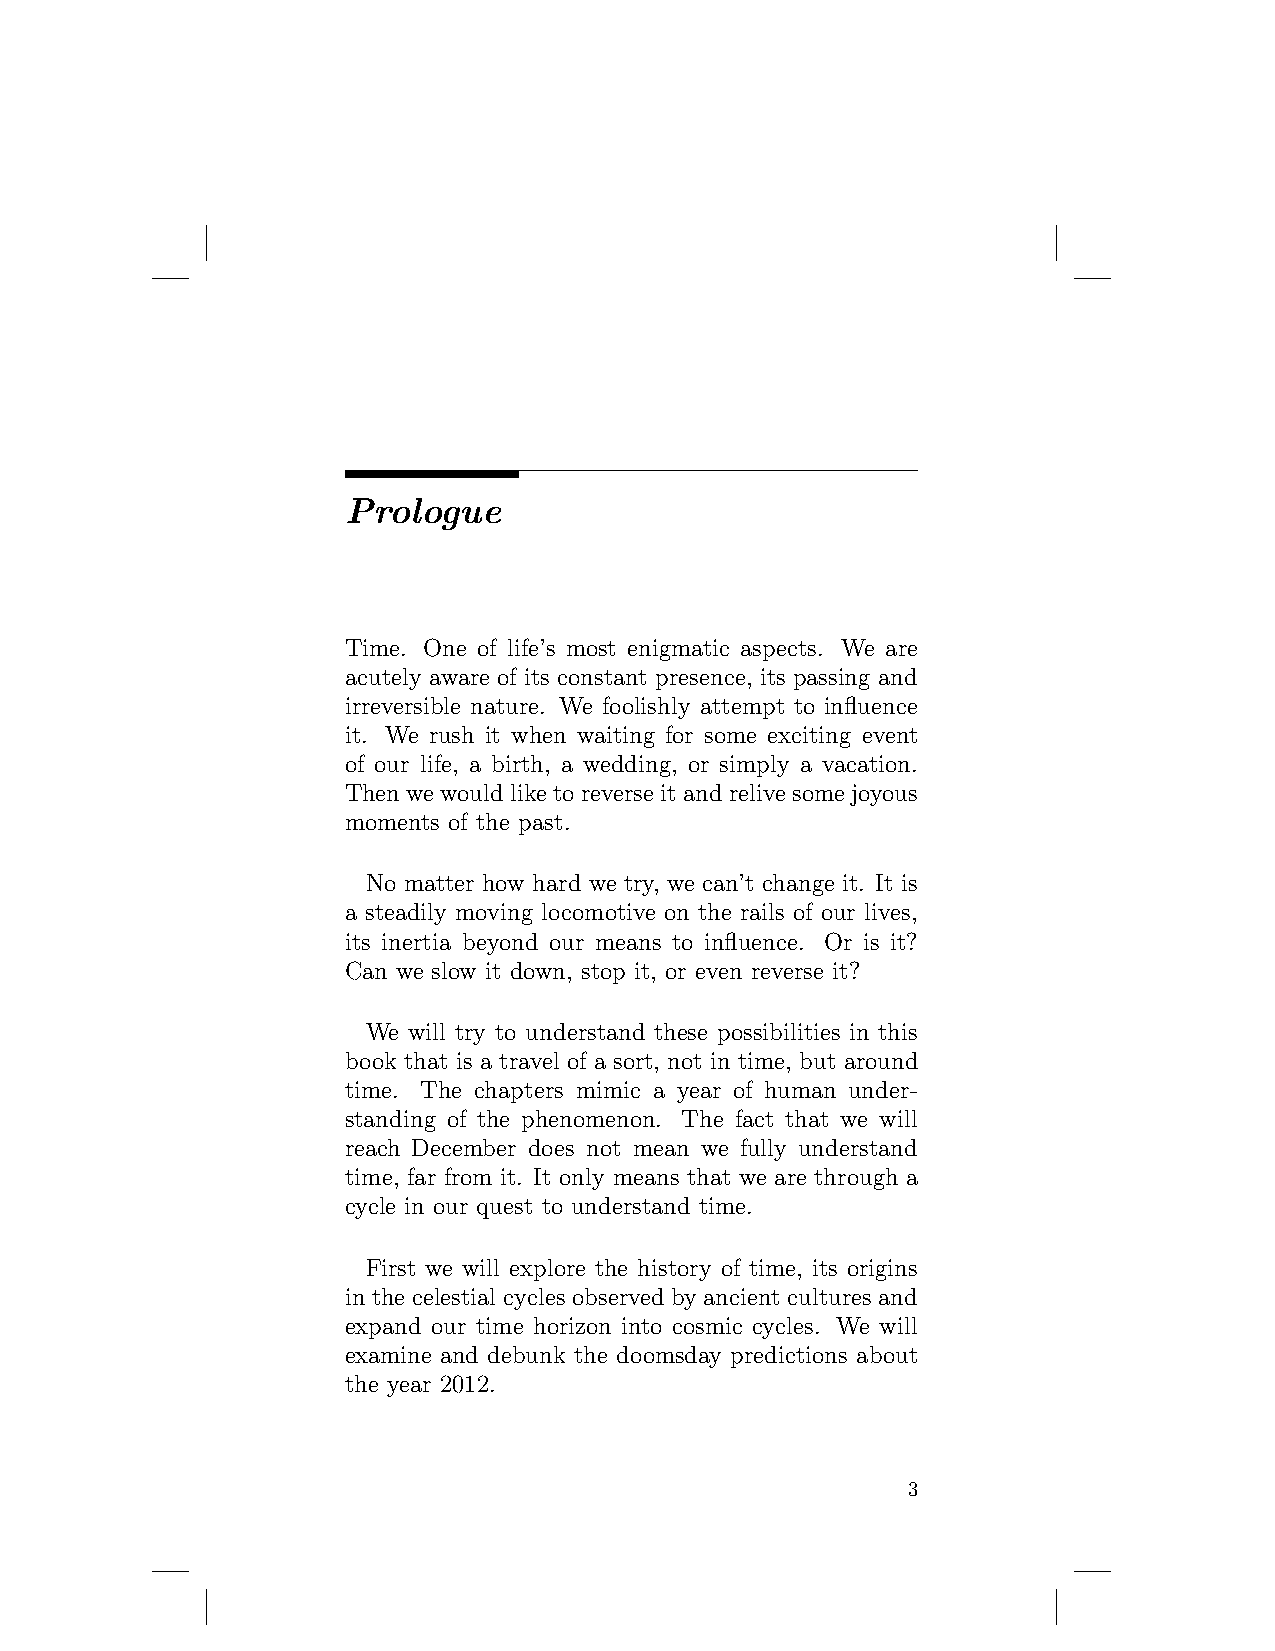
Prologue
 Time. One of life’s most enigmatic aspects. We are
 acutely aware of its constant presence, its passing and
 irreversible nature. We foolishly attempt to influence
 it. We rush it when waiting for some exciting event
 of our life, a birth, a wedding, or simply a vacation.
 Then we would like to reverse it and relive some joyous
 moments of the past.
 No matter how hard we try, we can’t change it. It is
 a steadily moving locomotive on the rails of our lives,
 its inertia beyond our means to influence. Or is it?
 Can we slow it down, stop it, or even reverse it?
 We will try to understand these possibilities in this
 book that is a travel of a sort, not in time, but around
 time. The chapters mimic a year of human under-
 standing of the phenomenon. The fact that we will
 reach December does not mean we fully understand
 time, far from it. It only means that we are through a
 cycle in our quest to understand time.
 First we will explore the history of time, its origins
 in the celestial cycles observed by ancient cultures and
 expand our time horizon into cosmic cycles. We will
 examine and debunk the doomsday predictions about
 the year 2012.
 3